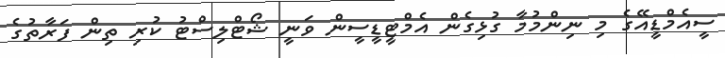
ސީއެމްޑީއޭގެ މި ނިންމުމާ ގުޅިގެން އެމްޓީޑީސީން ވަނީ ޝޯޓްލިސްޓު ކުރި ތިން ފަރާތުގެ